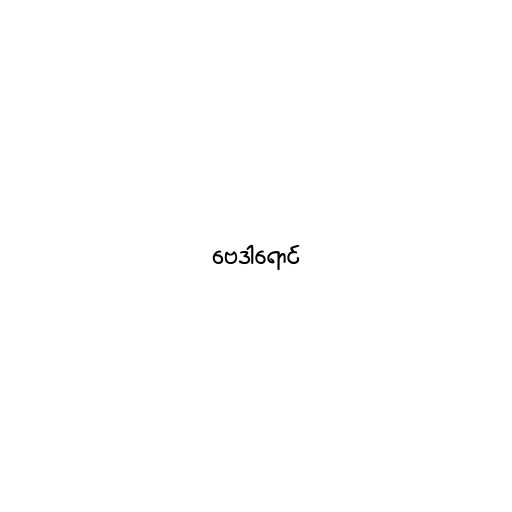
ဗေဒါရောင်